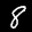
Label: 8